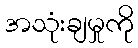
အသုံးချမှုကို